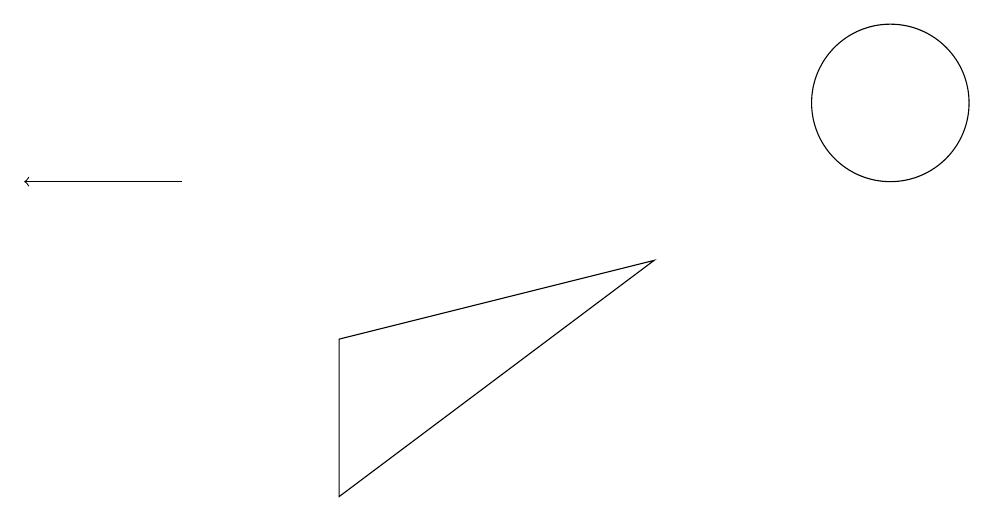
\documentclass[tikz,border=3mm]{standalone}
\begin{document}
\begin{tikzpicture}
\draw (4,6) -- (4,8) -- (8,9) -- cycle;
\draw (11,11) circle (1);
\draw[->] (2,10) -- (0,10);
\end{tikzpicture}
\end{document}